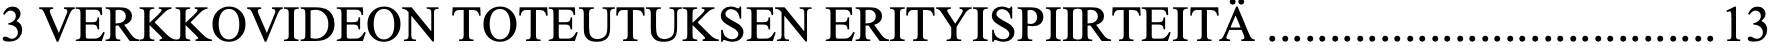
3 VERKKOVIDEON TOTEUTUKSEN ERITYISPIIRTEITÄ....................................13